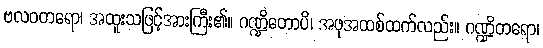
ဗလဝတရော၊ အထူးသဖြင့်အားကြီး၏။ ဂဏ္ဍိတောပိ၊ အဖုအထစ်ထက်လည်း။ ဂဏ္ဍိတရော၊